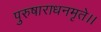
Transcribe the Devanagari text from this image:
पुरुषाराधनमृते।।